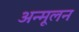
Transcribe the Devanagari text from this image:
अन्मूलन